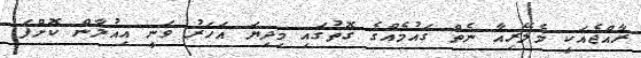
ރާއްޖެއަކީ މެލޭރިއާ ނެތް ގައުމެއްގެ ގޮތުގައި މިދިޔަ އަހަރު ވަނީ އިއުލާން ކޮށްފަ